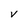
Character: v